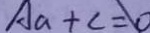
A a + c = 0